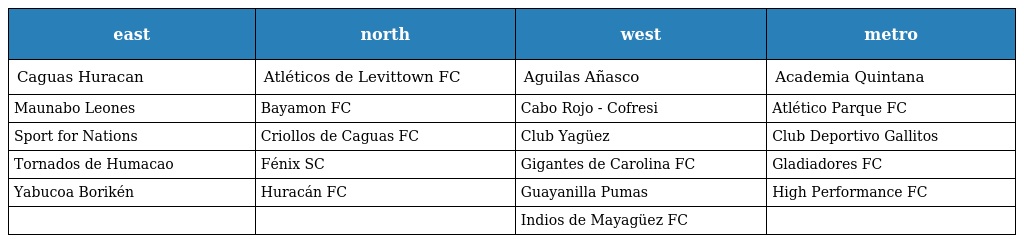
| east | north | west | metro |
 | --- | --- | --- | --- |
 | Caguas Huracan | Atléticos de Levittown FC | Aguilas Añasco | Academia Quintana |
 | Maunabo Leones | Bayamon FC | Cabo Rojo - Cofresi | Atlético Parque FC |
 | Sport for Nations | Criollos de Caguas FC | Club Yagüez | Club Deportivo Gallitos |
 | Tornados de Humacao | Fénix SC | Gigantes de Carolina FC | Gladiadores FC |
 | Yabucoa Borikén | Huracán FC | Guayanilla Pumas | High Performance FC |
 |  |  | Indios de Mayagüez FC |  |